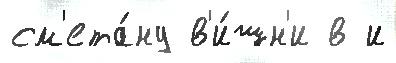
см'ета́ну в'и́шн'и в и